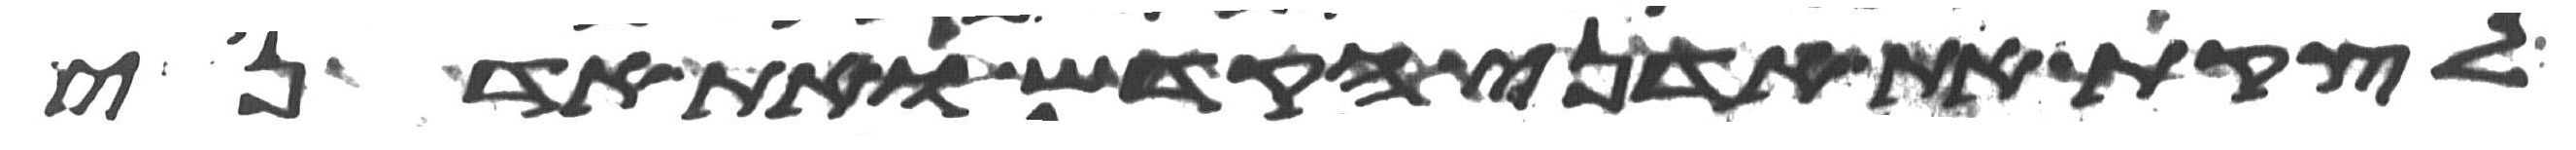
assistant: לקצת את אדני הקדש ואת אדני